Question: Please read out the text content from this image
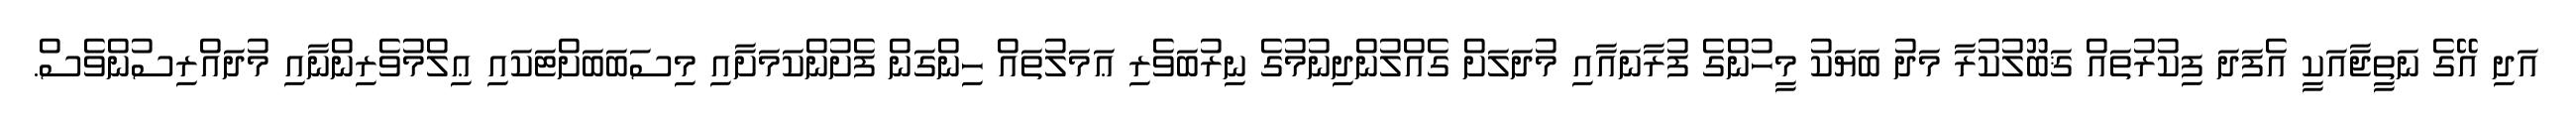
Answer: އަދި އޭގެ ނަތީޖާއަކީ އެފަދަ ފިކުރުތައް ޤަބޫލުކުރާ މަދު ބަޔަކު މީހުންގެ ފުރާނައާއި މުދަލަށް ގެއްލުންދިނުމުގެ ނިރުބަވެރި ޢަމަލުތައް ހިންގަން ފެށުންކަމަށާއި މިސަބަބަށްޓަކައި ޢިލްމުވެރިންނާއި މުދައްރިސުންވެސް.